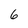
Character: 6